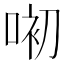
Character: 𱓏